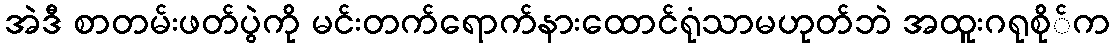
အဲဒီ စာတမ်းဖတ်ပွဲကို မင်းတက်ရောက်နားထောင်ရုံသာမဟုတ်ဘဲ အထူးဂရုစို်က